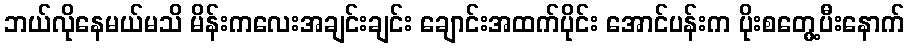
ဘယ်လိုနေမယ်မသိ မိန်းကလေးအချင်းချင်း ချောင်းအထက်ပိုင်း အောင်ပန်းက ပိုးစတွေ့ပီးနောက်